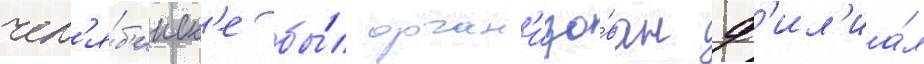
чел'я́б'инск'е бы́л орган'изо́ван ф'ил'иа́л